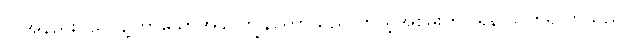
လအနည်းငယ်ခန့်ကြာသောအခါ ကျွန်တော်သည် ကိုယ့်အစွမ်းကိုပြရန် သတိရလာသည်။